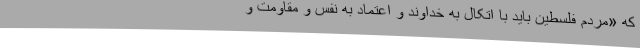
که «مردم فلسطین باید با اتکال به خداوند و اعتماد به نفس و مقاومت و